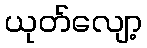
ယုတ်လျော့